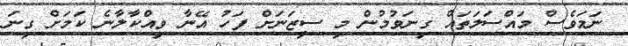
ނަމަވެސް މައްސަލަތައް ގިނަވުމުން މި ސީޒަނަށް ފަހު އޭނާ ވިއްކާލާނެ ކަމަށް ގިނަ